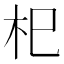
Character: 𣏌